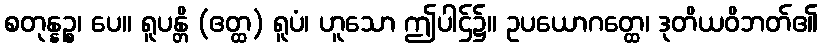
စတုန္နဉ္စ၊ ပေ။ ရူပန္တိ (ဧတ္ထ) ရူပံ၊ ဟူသော ဤပါဌ်၌။ ဥပယောဂတ္ထေ၊ ဒုတိယဝိဘတ်၏